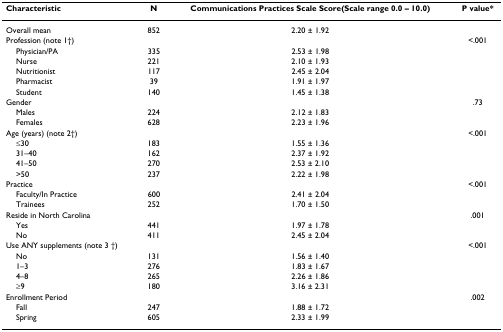
<table><thead><tr><td><b>Characteristic</b></td><td><b>N</b></td><td><b>Communications Practices Scale Score(Scale range 0.0 – 10.0)</b></td><td><b>P value*</b></td></tr></thead><tbody><tr><td>Overall mean</td><td>852</td><td>2.20 ± 1.92</td><td>[EMPTY_CELL]</td></tr><tr><td>Profession (note 1†)</td><td>[EMPTY_CELL]</td><td>[EMPTY_CELL]</td><td>&lt;.001</td></tr><tr><td> Physician/PA</td><td>335</td><td>2.53 ± 1.98</td><td>[EMPTY_CELL]</td></tr><tr><td> Nurse</td><td>221</td><td>2.10 ± 1.93</td><td>[EMPTY_CELL]</td></tr><tr><td> Nutritionist</td><td>117</td><td>2.45 ± 2.04</td><td>[EMPTY_CELL]</td></tr><tr><td> Pharmacist</td><td>39</td><td>1.91 ± 1.97</td><td>[EMPTY_CELL]</td></tr><tr><td> Student</td><td>140</td><td>1.45 ± 1.38</td><td>[EMPTY_CELL]</td></tr><tr><td>Gender</td><td>[EMPTY_CELL]</td><td>[EMPTY_CELL]</td><td>.73</td></tr><tr><td> Males</td><td>224</td><td>2.12 ± 1.83</td><td>[EMPTY_CELL]</td></tr><tr><td> Females</td><td>628</td><td>2.23 ± 1.96</td><td>[EMPTY_CELL]</td></tr><tr><td>Age (years) (note 2†)</td><td>[EMPTY_CELL]</td><td>[EMPTY_CELL]</td><td>&lt;.001</td></tr><tr><td> ≤30</td><td>183</td><td>1.55 ± 1.36</td><td>[EMPTY_CELL]</td></tr><tr><td> 31–40</td><td>162</td><td>2.37 ± 1.92</td><td>[EMPTY_CELL]</td></tr><tr><td> 41–50</td><td>270</td><td>2.53 ± 2.10</td><td>[EMPTY_CELL]</td></tr><tr><td> &gt;50</td><td>237</td><td>2.22 ± 1.98</td><td>[EMPTY_CELL]</td></tr><tr><td>Practice</td><td>[EMPTY_CELL]</td><td>[EMPTY_CELL]</td><td>&lt;.001</td></tr><tr><td> Faculty/In Practice</td><td>600</td><td>2.41 ± 2.04</td><td>[EMPTY_CELL]</td></tr><tr><td> Trainees</td><td>252</td><td>1.70 ± 1.50</td><td>[EMPTY_CELL]</td></tr><tr><td>Reside in North Carolina</td><td>[EMPTY_CELL]</td><td>[EMPTY_CELL]</td><td>.001</td></tr><tr><td> Yes</td><td>441</td><td>1.97 ± 1.78</td><td>[EMPTY_CELL]</td></tr><tr><td> No</td><td>411</td><td>2.45 ± 2.04</td><td>[EMPTY_CELL]</td></tr><tr><td>Use ANY supplements (note 3 †)</td><td>[EMPTY_CELL]</td><td>[EMPTY_CELL]</td><td>&lt;.001</td></tr><tr><td> No</td><td>131</td><td>1.56 ± 1.40</td><td>[EMPTY_CELL]</td></tr><tr><td> 1–3</td><td>276</td><td>1.83 ± 1.67</td><td>[EMPTY_CELL]</td></tr><tr><td> 4–8</td><td>265</td><td>2.26 ± 1.86</td><td>[EMPTY_CELL]</td></tr><tr><td> ≥9</td><td>180</td><td>3.16 ± 2.31</td><td>[EMPTY_CELL]</td></tr><tr><td>Enrollment Period</td><td>[EMPTY_CELL]</td><td>[EMPTY_CELL]</td><td>.002</td></tr><tr><td> Fall</td><td>247</td><td>1.88 ± 1.72</td><td>[EMPTY_CELL]</td></tr><tr><td> Spring</td><td>605</td><td>2.33 ± 1.99</td><td>[EMPTY_CELL]</td></tr></tbody></table>